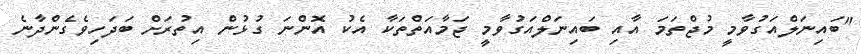
"ބައިނަލްއަގުވާމީ މުޖްތަމަ އާއި ބައިނަލްއަގުވާމީ ޖަމާއަތްތަކާ އެކު އޮންނަ ގުޅުން އިތުރަށް ބަދަހިވެގެންދާނެ